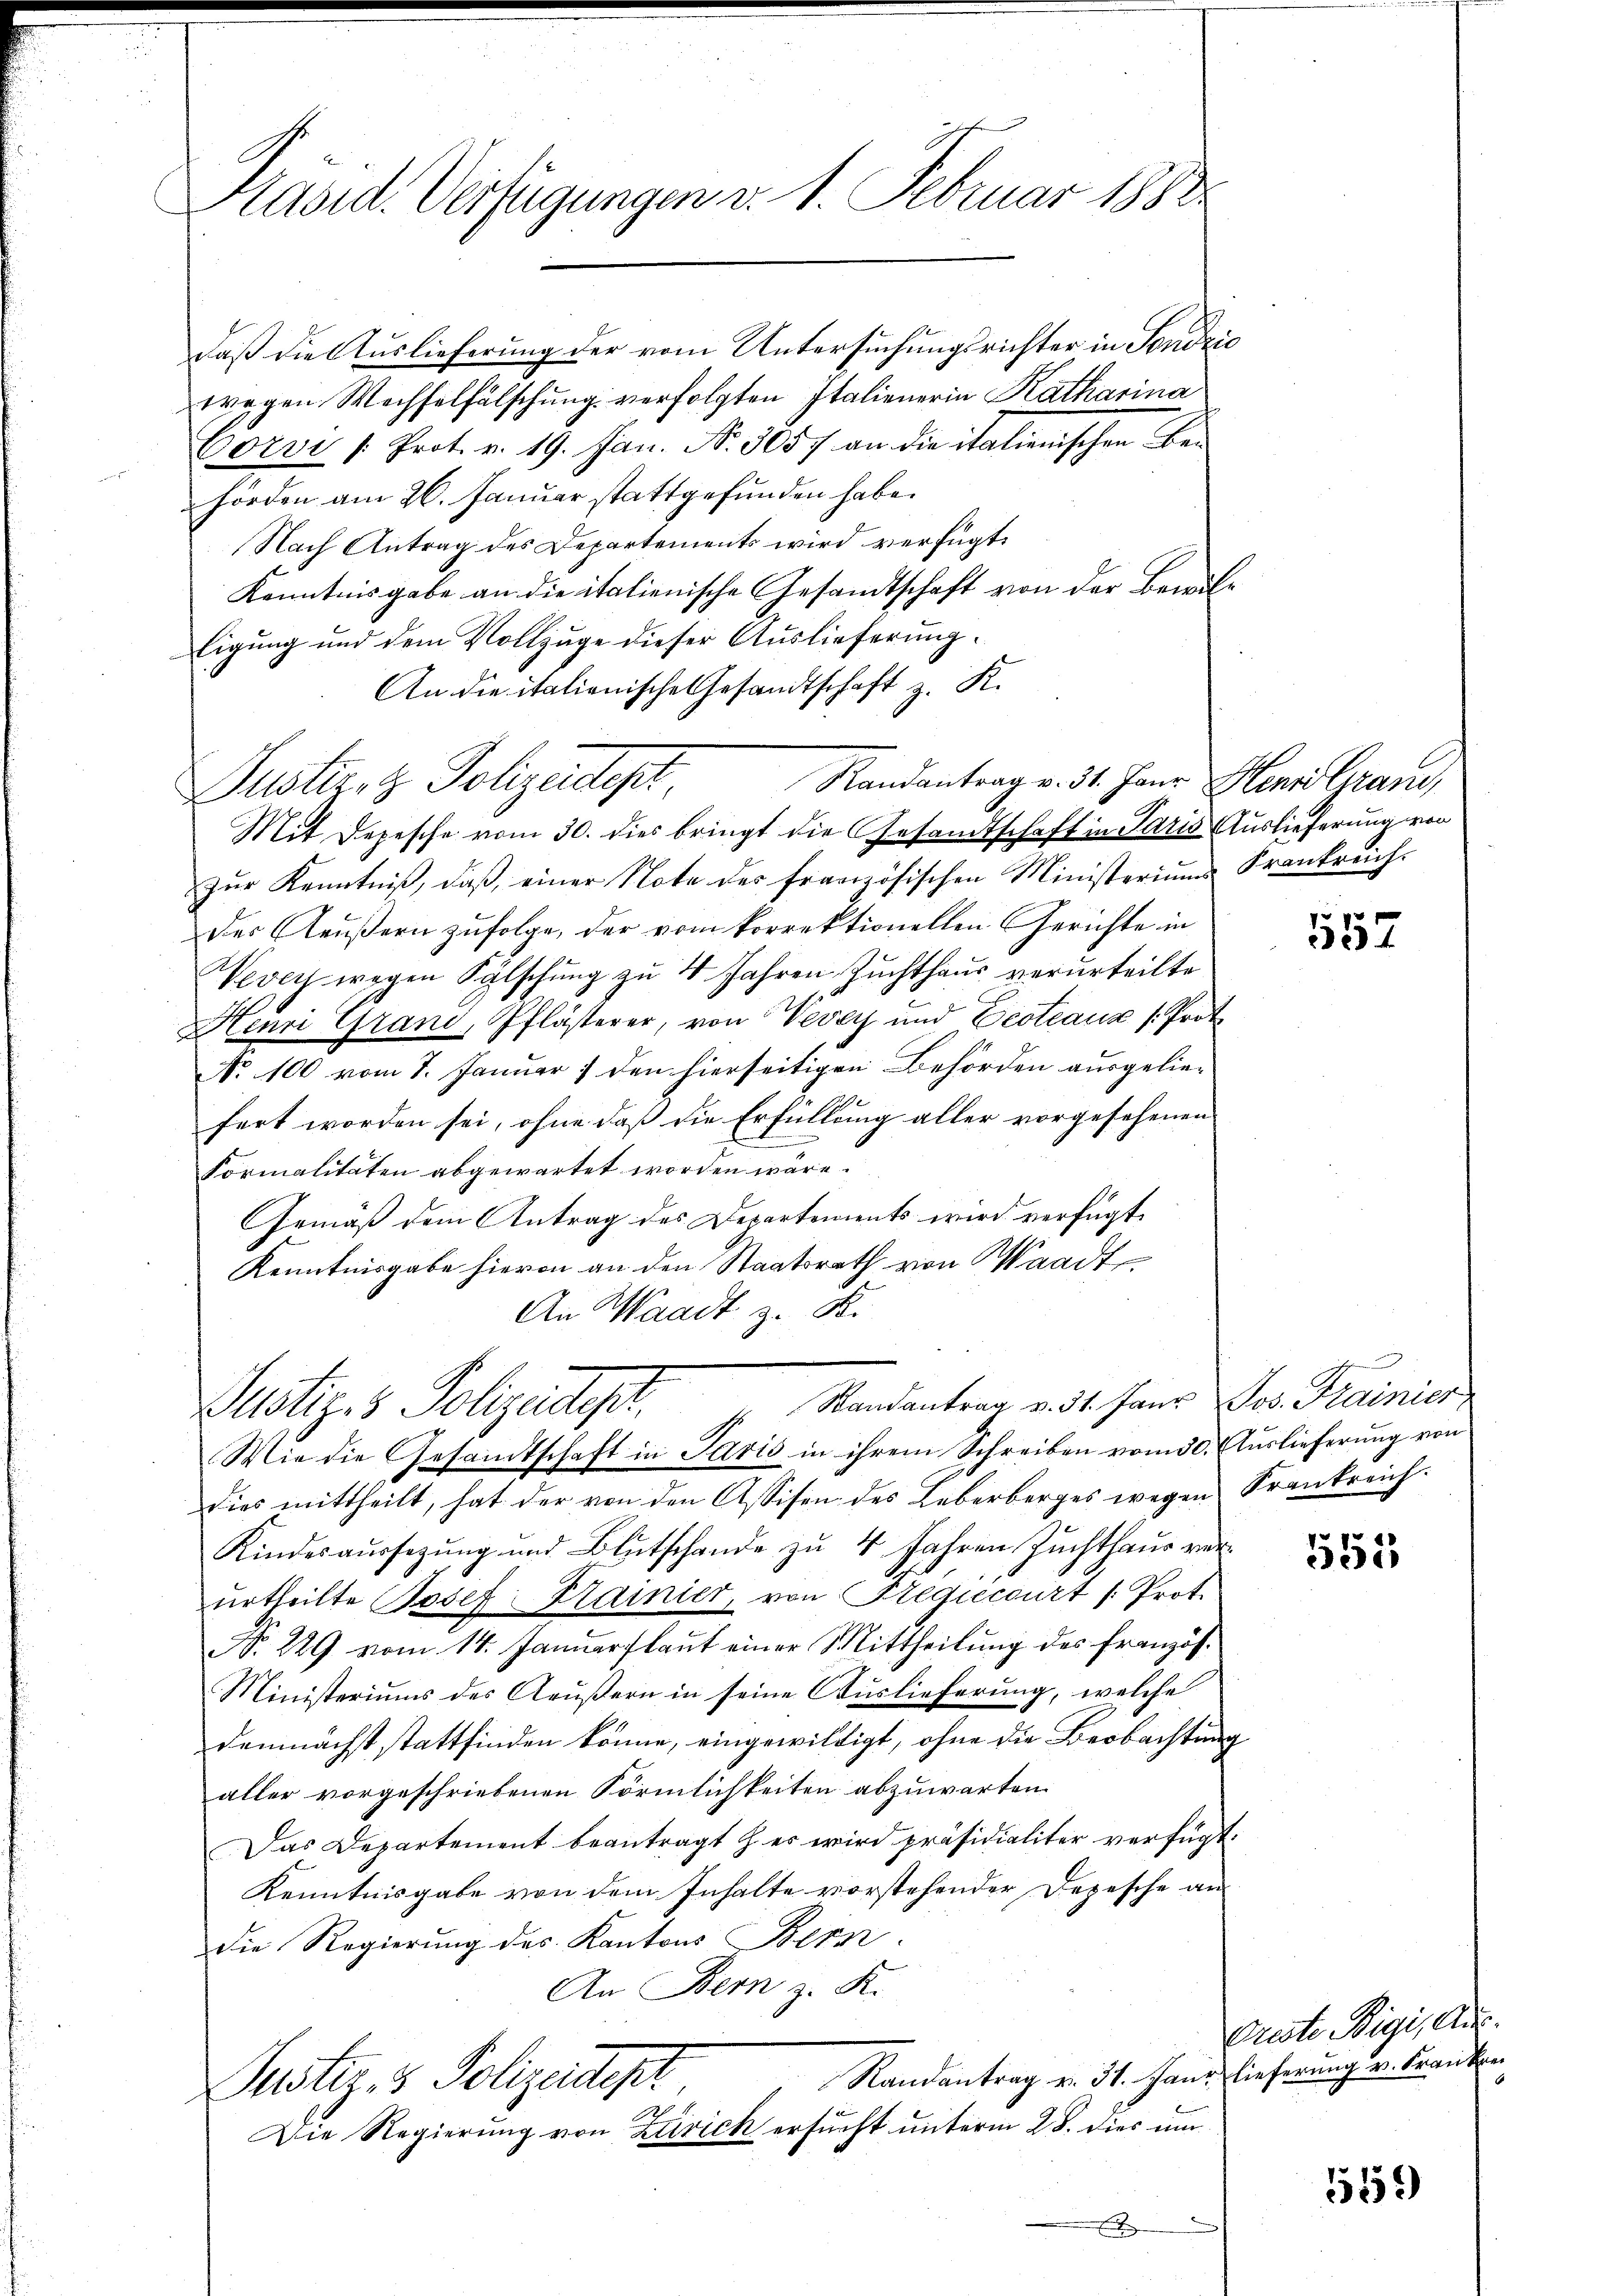
Präsid. Verfügungen v. 1. Februar 1882

daß die Auslieferung der vom Untersuchungsrichter in Tondico
wegen Wechselfälschung verfolgten Italienerin Katharina
Corvi /: Prot. v. 19. Jan. N. 3057 an die italienischen Be-
hörden am 26. Januar stattgefunden habe.
Nach Antrag des Departements wird verfügt:
Kenntnisgabe an die italienische Gesandtschaft von der Bewilligung und dem Vollzuge dieser Auslieferung.
An die italionische Gesandtschaft z. K.
Randantrag v. 31. Janr. Hennd Gran
Justiret. Polizeidet
Mit Depesche vom 30. dies bringt die Gesandtschaft in Paris Auslieferung von
zŭr Kenntniβ, daβ einer Note des französischen Ministerium Frankreich-
des Aeußern zufolge, der vom korrektionellen Gerichte in
Vevey wegen Fälschung zu 4 Jahren Zuchthaus verurteilte
Henri Grand, Pflästerer, von Vevey und Vestiaux (Prot
N. 100 vom 7. Januar 7 den hierseitigen Behörden ausgeliefert worden sei, ohne daß die Erfüllung aller vorgesehenen
Formalitäten abgewartet worden wäre.
Gemäß dem Antrag des Departements wird verfügt
Kenntnisgabe hievon an den Staatsrath von Waadt,
An Waadt z. B.
Randantrag v. 31. Janz Jos. Frainier
ustiz & Polizeidigt.
Wie die Gesandtschaft in Paris in ihrem Schreiben vom 30. Auslieferung von
dies mittheilt, hat der von den Assisen des Leberberges wegen Krankreich¬
Kindesaŭssetzŭng und Blutschande zŭ 4 Jahren Zŭchthaŭs ver
urtheilte Josef Krainier, von Regiecourt /: Prot.
N. 229 vom 14. Januar laut einer Mittheilung des Französ¬
Ministeriums des Aeußern in seine Auslieferung, welche
demnächst stattfinden könne, eingewildigt, ohne die Beobachtung
aller vorgeschriebenen Förmlichkeiten abzuwarten.
Das Departement beantragt her wird präsidialiter verfügt:
Kenntnisgabe von dem Inhalte vorstehender Depesche an
Die Regierung des Kantons Beka
An Bern z. K.
Randantrag v. 31. Janr lieferung v. Frankrei
Justiz- & Polizeident
1
Die Regierung von Zürich ersucht unterm 28. dies um
x

1557

552

Oreste Rigi, Aus

559)